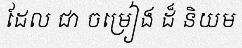
ដែល ជា ចម្រៀង ដ៏ និយម